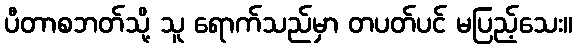
ပီတာစဘတ်သို့ သူ ရောက်သည်မှာ တပတ်ပင် မပြည့်သေး။